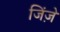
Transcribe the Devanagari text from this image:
जिंज़ें